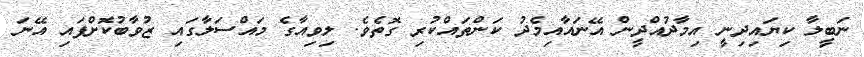
ނަބީލާ ކިޔައިދިނީ އިމާދުއްދީން އޭނައާއިމެދު ކަންތައްކުރި ގޮތެވެ. ލިވިއާގެ މައްސަލާގައި ޒުވާބުކޮށްފައި އޭނަ